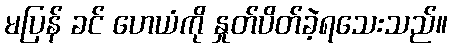
မပြန် ခင် ဟေယံကို နှုတ်ပိတ်ခဲ့ရသေးသည်။